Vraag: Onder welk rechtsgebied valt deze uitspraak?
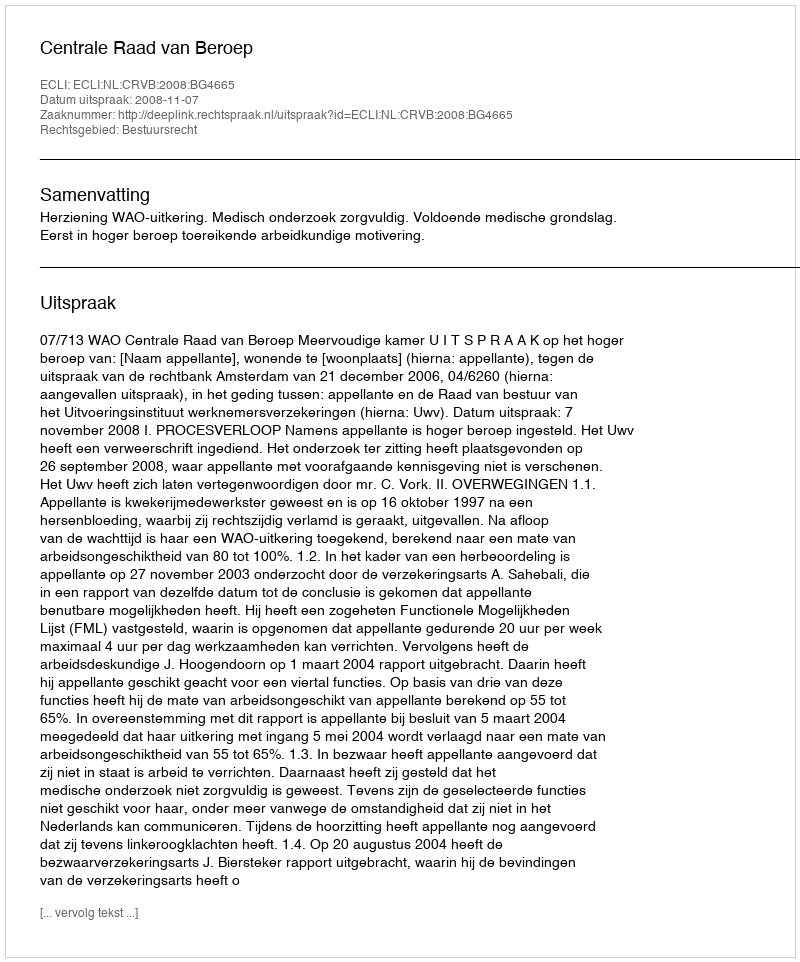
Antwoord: Bestuursrecht